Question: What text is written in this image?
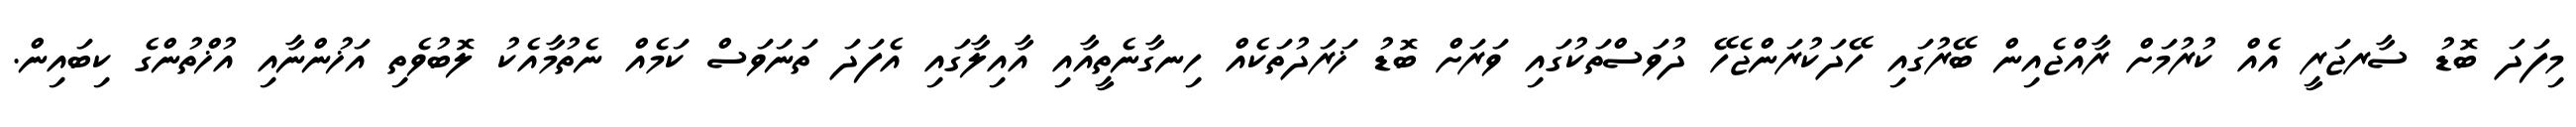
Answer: މިފަދަ ބޮޑު ސާރޖަރީ އެއް ކުރުމަށް ރާއްޖެއިން ބޭރުގައި ހޭދަކުރަންޖެހޭ ދުވަސްތަކުގައި ވަރަށް ބޮޑު ޚަރަދުތަކެއް ހިނގާނެތީއާއި އާއިލާގައި އެފަދަ ތަނަވަސް ކަމެއް ނެތުމާއެކު ލޮބުވެތި އަޚުންނާއި އުޚްތުންގެ ކިބައިން.